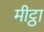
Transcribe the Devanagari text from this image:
मीट्ठा